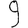
Digit: 9